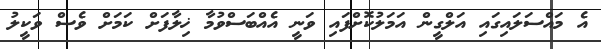
އެ މައްސަލައިގައި އަލްގީން އަމަލުކޮށްފައި ވަނީ އެއްބަސްވުމާ ޚިލާފަށް ކަމަށް ވެސް ވަކީލު